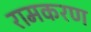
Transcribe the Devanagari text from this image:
रामकरण